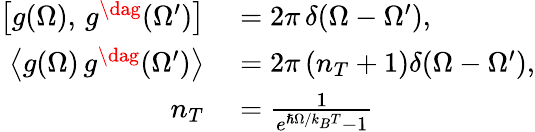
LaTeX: \begin{array}{rl}{\left[g(\Omega),\, g^{\dag}(\Omega^{\prime})\right]}&{{}=2\pi\, \delta(\Omega-\Omega^{\prime}),}\\ {\left\langle g(\Omega)\, g^{\dag}(\Omega^{\prime})\right\rangle}&{{}=2\pi\left(n_{T}+1\right)\delta(\Omega-\Omega^{\prime}),}\\ {n_{T}}&{{}=\frac{1}{e^{\hslash\Omega/k_{B}T}-1}}\end{array}